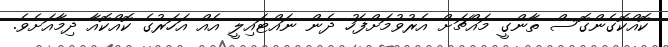
ކޮއްކޮގެންގޮސް ތާންގީ މައްޗަށް އެރުވުމަށްފަހު ދެން ނައްޓައިލީ އެއް އަހަރުގެ ކޮއްކޮއާ ދިމާއަށެވެ.